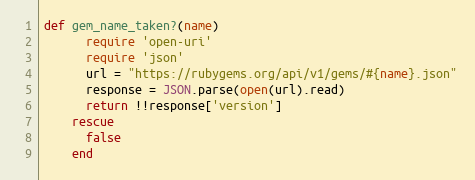
Language: Ruby
def gem_name_taken?(name)
      require 'open-uri'
      require 'json'
      url = "https://rubygems.org/api/v1/gems/#{name}.json"
      response = JSON.parse(open(url).read)
      return !!response['version']
    rescue
      false
    end